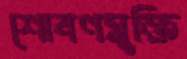
শোষণমুক্তি